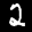
Label: 2